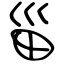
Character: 甾